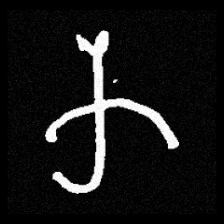
Pyu character \u2014 Myanmar letter: က (romanized: ka)